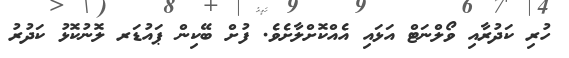
ހުރި ކަދުރާއި ވޯލްނަޓް އަޅައި އެއްކޮށްލާށެވެ. ފުށް ބޭކިން ޕައުޑަރ ލޮނުކޮޅު ކަދުރު